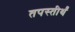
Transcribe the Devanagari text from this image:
तपस्तीर्थं